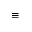
\equiv